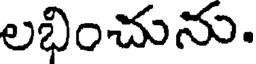
లభించును.